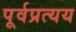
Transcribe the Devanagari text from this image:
पूर्वप्रत्यय